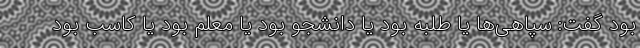
بود گفت: سپاهی‌ها یا طلبه بود یا دانشجو بود یا معلم بود یا کاسب بود